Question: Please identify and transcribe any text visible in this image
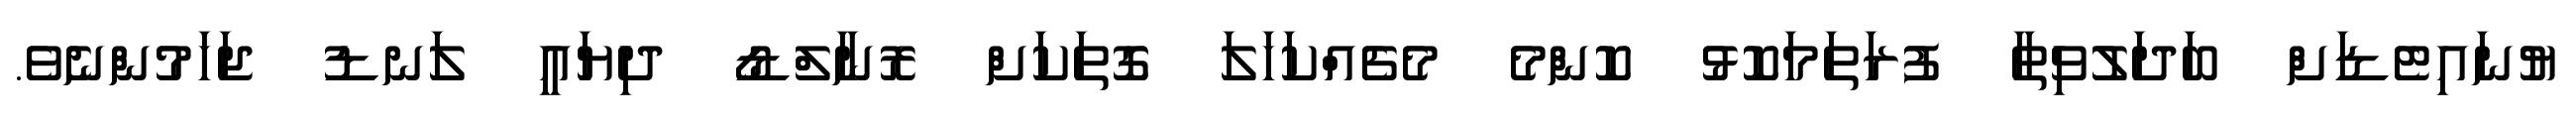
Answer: ޔުނައިޓެޑަށް ބަދަލުވިތާ ފުރަތަމަކޮޅު ކޮންމެ މެޗެއްކަހަލަ ގޮތަކަށް ރޮނާލްޑޯ ދިޔައީ ލަނޑު ޖަހަމުންނެވެ.